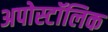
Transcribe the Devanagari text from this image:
अपोस्टॉलिक